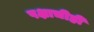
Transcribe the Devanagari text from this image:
पक्षाचीही